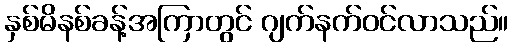
နှစ်မိနစ်ခန့်အကြာတွင် ဂျက်နက်ဝင်လာသည်။